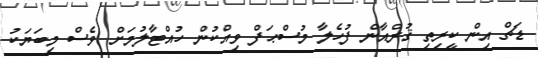
ޑަޗް އިން ކީރިތި ޤުރްއާން ފުހެލާ މުސްޙަފް ވިއްކުން ހުއްޓާލުމަށް ވެސް މިބަޔަކު